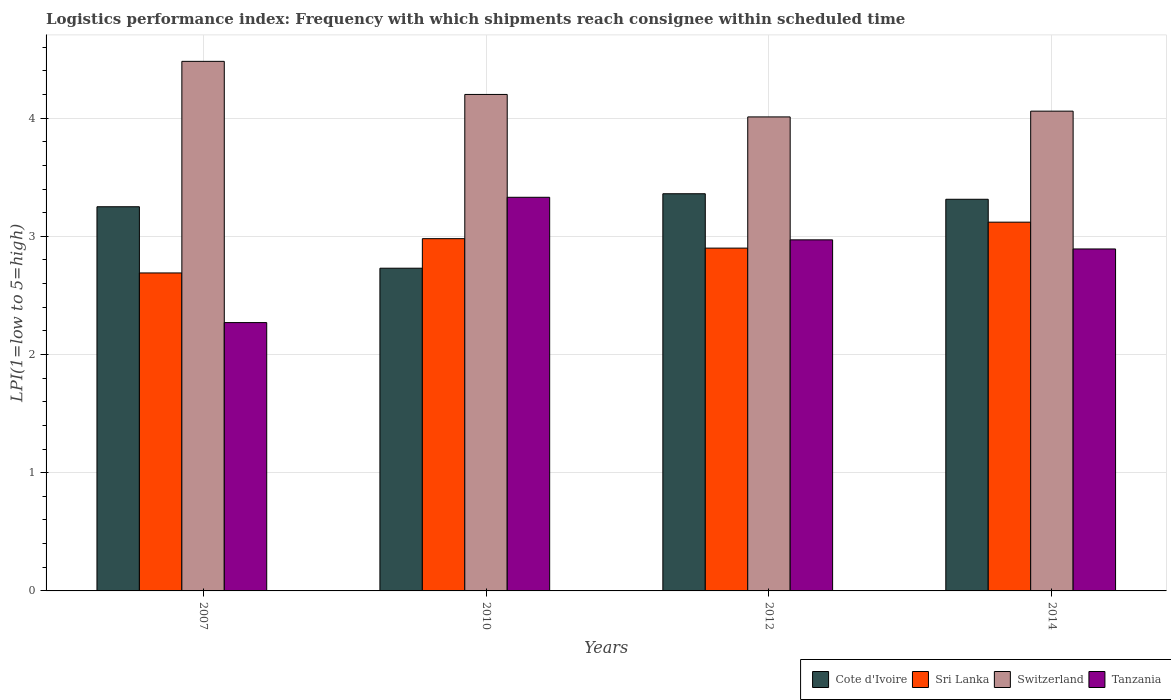
| Years | Cote d'Ivoire | Sri Lanka | Switzerland | Tanzania |
 | --- | --- | --- | --- | --- |
 | 2007 | 3.25 | 2.69 | 4.48 | 2.27 |
 | 2010 | 2.73 | 2.98 | 4.2 | 3.33 |
 | 2012 | 3.36 | 2.9 | 4.01 | 2.97 |
 | 2014 | 3.31 | 3.12 | 4.06 | 2.89 |